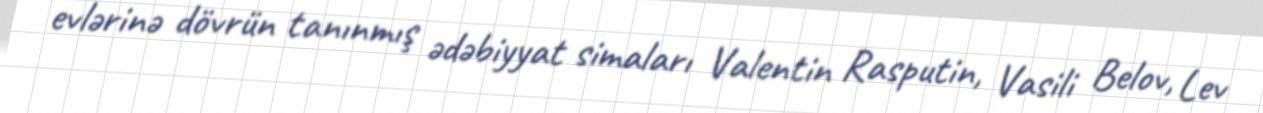
evlərinə dövrün tanınmış ədəbiyyat simaları Valentin Rasputin, Vasili Belov, Lev